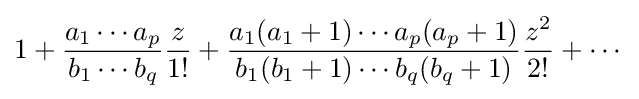
1+{\frac {a_{1}\cdots a_{p}}{b_{1}\cdots b_{q}}}{\frac {z}{1!}}+{\frac {a_{1}(a_{1}+1)\cdots a_{p}(a_{p}+1)}{b_{1}(b_{1}+1)\cdots b_{q}(b_{q}+1)}}{\frac {z^{2}}{2!}}+\cdots